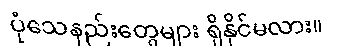
ပုံသေနည်းတွေများ ရှိနိုင်မလား။